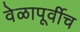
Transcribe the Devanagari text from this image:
वेळापूर्वीच